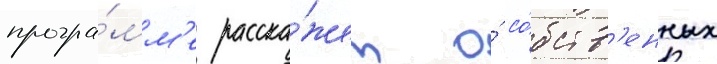
програ́мм'е расска́жет о́ со́бств'енных